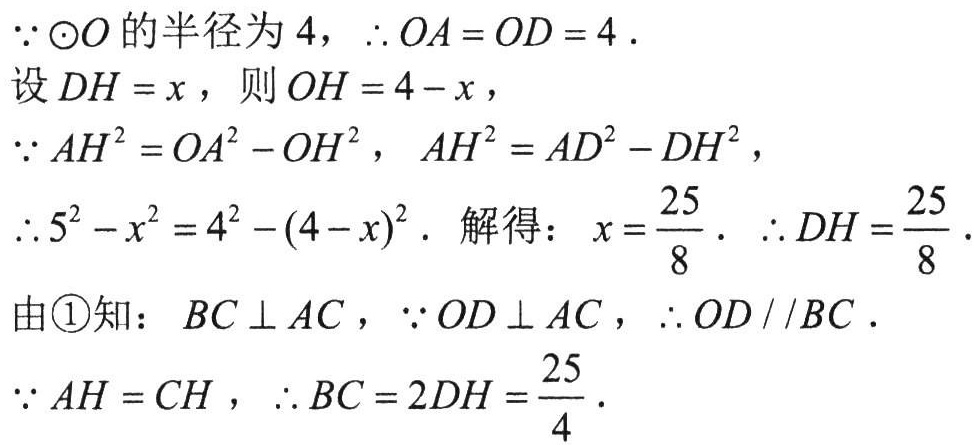
\(\because\odot O\)的半径为\(4\)，\(\therefore OA = OD = 4\).
设\(DH = x\)，则\(OH = 4 - x\)，
\(\because AH^{2}=OA^{2}-OH^{2}\)，\(AH^{2}=AD^{2}-DH^{2}\)，
\(\therefore5^{2}-x^{2}=4^{2}-(4 - x)^{2}\). 解得：\(x = \frac{25}{8}\). \(\therefore DH=\frac{25}{8}\).
由\textcircled{1}知：\(BC\perp AC\)，\(\because OD\perp AC\)，\(\therefore OD\parallel BC\).
\(\because AH = CH\)，\(\therefore BC = 2DH=\frac{25}{4}\).